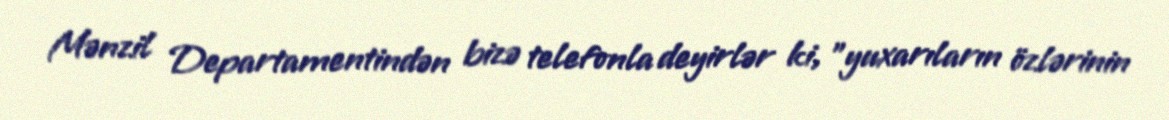
Mənzil Departamentindən bizə telefonla deyirlər ki, ”yuxarıların özlərinin